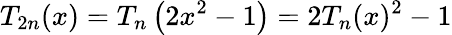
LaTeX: T_{2n}(x)=T_{n}\left(2x^{2}-1\right)=2T_{n}(x)^{2}-1